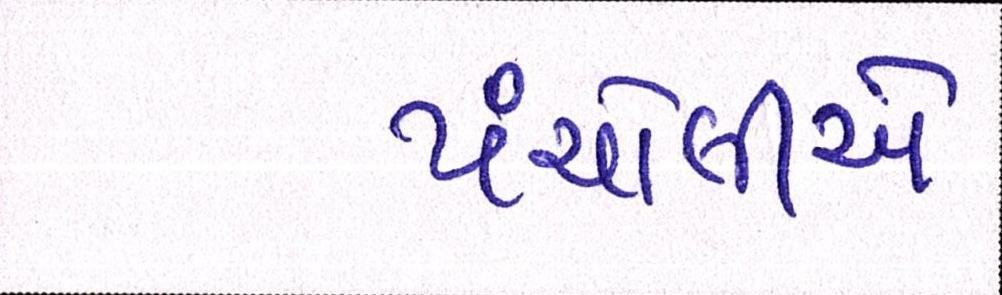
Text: પંચોલીએ